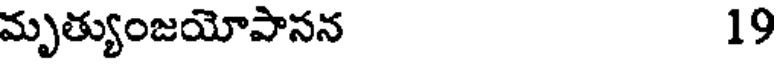
మృత్యుంజయోపానన 19